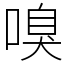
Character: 嗅